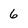
Character: 6